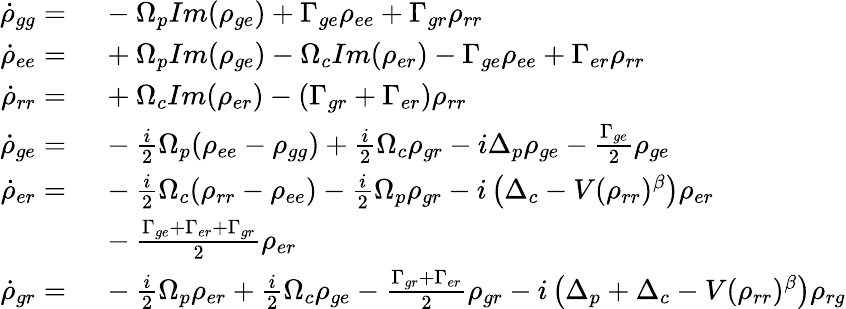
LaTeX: \begin{array}{rl}{\dot{\rho}_{gg}=}&{\ -\Omega_{p}Im(\rho_{ge})+\Gamma_{ge}\rho_{ee}+\Gamma_{gr}\rho_{rr}}\\ {\dot{\rho}_{ee}=}&{\ +\Omega_{p}Im(\rho_{ge})-\Omega_{c}Im(\rho_{er})-\Gamma_{ge}\rho_{ee}+\Gamma_{er}\rho_{rr}}\\ {\dot{\rho}_{rr}=}&{\ +\Omega_{c}Im(\rho_{er})-(\Gamma_{gr}+\Gamma_{er})\rho_{rr}}\\ {\dot{\rho}_{ge}=}&{\ -\frac{i}{2}\Omega_{p}(\rho_{ee}-\rho_{gg})+\frac{i}{2}\Omega_{c}\rho_{gr}-i\Delta_{p}\rho_{ge}-\frac{\Gamma_{ge}}{2}\rho_{ge}}\\ {\dot{\rho}_{er}=}&{\ -\frac{i}{2}\Omega_{c}(\rho_{rr}-\rho_{ee})-\frac{i}{2}\Omega_{p}\rho_{gr}-i\left(\Delta_{c}-V(\rho_{rr})^{\beta}\right)\rho_{er}}\\ &{\ -\frac{\Gamma_{ge}+\Gamma_{er}+\Gamma_{gr}}{2}\rho_{er}}\\ {\dot{\rho}_{gr}=}&{\ -\frac{i}{2}\Omega_{p}\rho_{er}+\frac{i}{2}\Omega_{c}\rho_{ge}-\frac{\Gamma_{gr}+\Gamma_{er}}{2}\rho_{gr}-i\left(\Delta_{p}+\Delta_{c}-V(\rho_{rr})^{\beta}\right)\rho_{rg}}\end{array}